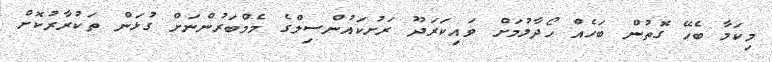
މިކަމާ ބެހޭ ގޮތުން ބަހެއް ހޯދާލުމަށް ވައިކަރަދޫ ރަށުކައުންސިލްގެ މެމްބަރުންނަށް ގުޅަން ތަކުރާރުކޮށް